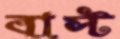
বাস্ট